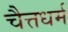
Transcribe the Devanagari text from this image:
चैत्तधर्म